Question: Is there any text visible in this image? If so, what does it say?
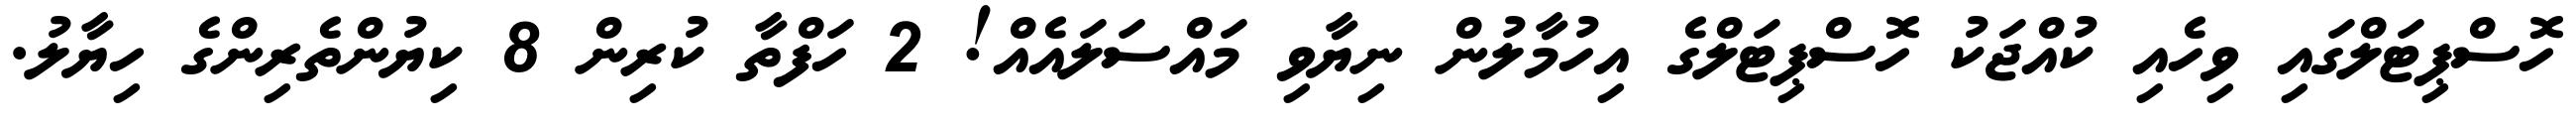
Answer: ހޮސްޕިޓަލްގައި ވިހެއި ކުއްޖަކު ހޮސްޕިޓަލްގެ އިހުމާލުން ނިޔާވި މައްސަލައެއް! 2 ހަފްތާ ކުރިން 8 ކިޔުންތެރިންގެ ހިޔާލު.